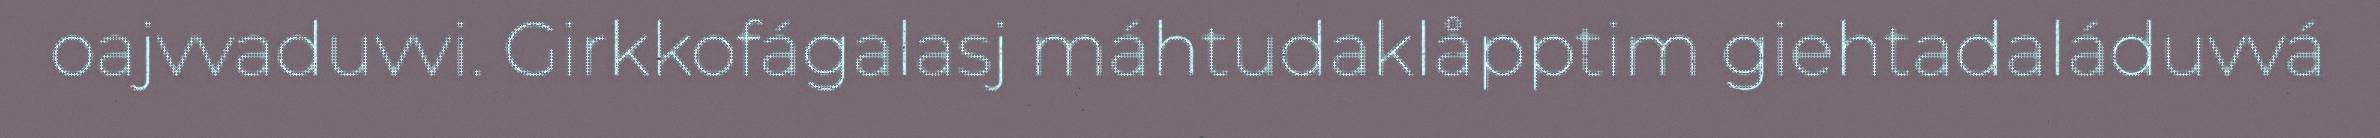
oajvvaduvvi. Girkkofágalasj máhtudaklåpptim giehtadaláduvvá